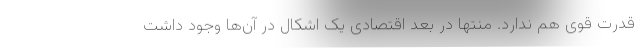
قدرت قوی هم ندارد. منتها در بُعد اقتصادی یک اشکال در آن‌ها وجود داشت